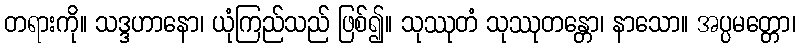
တရားကို။ သဒ္ဒဟာနော၊ ယုံကြည်သည် ဖြစ်၍။ သုဿုတံ သုဿုတန္တော၊ နာသော။ အပ္ပမတ္တော၊